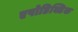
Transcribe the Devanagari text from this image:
एपोडिक्टिक